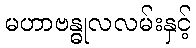
မဟာဗန္ဓုလလမ်းနှင့်